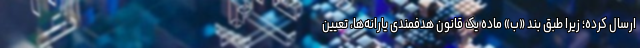
ارسال کرده؛ زیرا طبق بند «ب» ماده یک قانون هدفمندی یارانه‌ها، تعیین